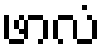
ဖာလံ